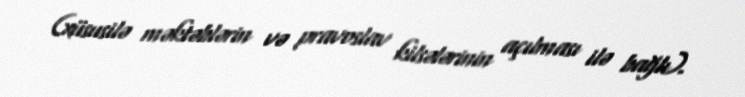
(xüsusilə məktəblərin və pravoslav kilsələrinin açılması ilə bağlı).